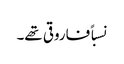
نسباً فاروقی تھے۔